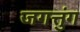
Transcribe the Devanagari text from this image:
जगत्तुंग